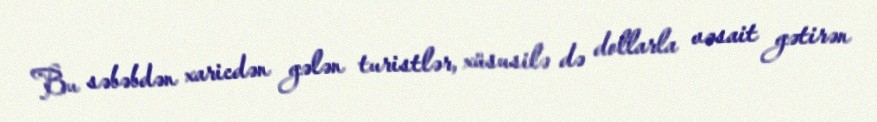
Bu səbəbdən xaricdən gələn turistlər, xüsusilə də dollarla vəsait gətirən